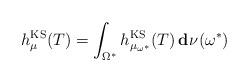
LaTeX: \begin{align*}h^{\mathrm{KS}}_\mu(T)=\int_{\Omega^*} h^{\mathrm{KS}}_{\mu_{\omega^\ast}}(T)\,\mathbf{d}\:\!\nu(\omega^\ast)\end{align*}